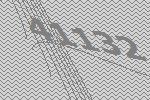
41132